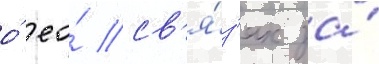
о́ ео́ св'я́з'ях за́